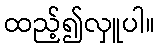
ထည့်၍လှူပါ။